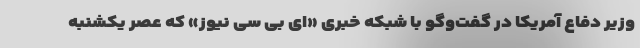
وزیر دفاع آمریکا در گفت‌وگو با شبکه خبری «ای بی سی نیوز» که عصر یکشنبه